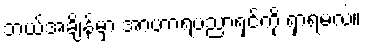
ဘယ်အချိန်မှာ အာဟာရပညာရှင်ကို ရှာရမလဲ။